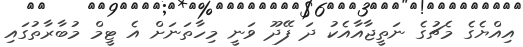
އިއްޔެގެ މެޗުގެ ނަތީޖާއާއެކު ދަ ފޭދޫ ވަނީ މިހާތަނަށް އެ ޓީމް މުބާރާތުގައި